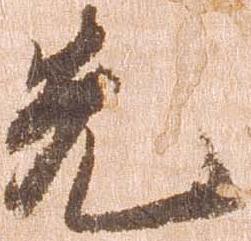
先